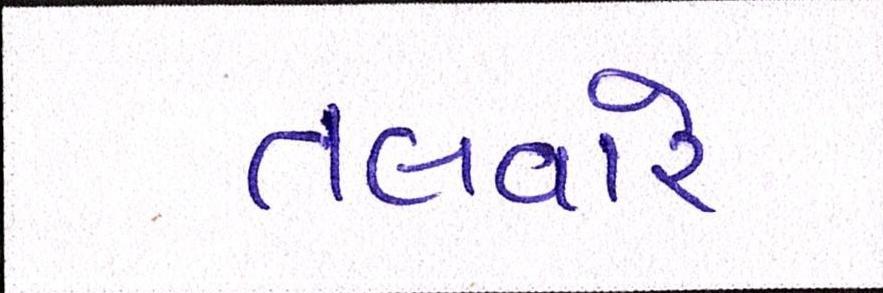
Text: તલવારે